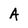
Character: A